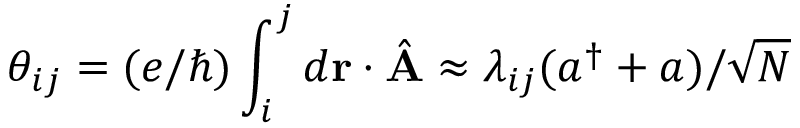
\theta _ { i j } = ( e / \hbar ) \int _ { i } ^ { j } d \mathbf { r } \cdot \hat { \mathbf { A } } \approx \lambda _ { i j } ( a ^ { \dagger } + a ) / \sqrt { N }